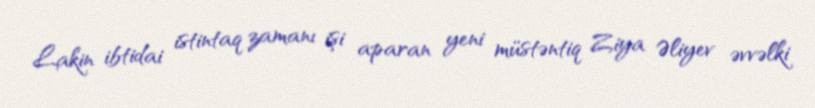
Lakin ibtidai istintaq zamanı işi aparan yeni müstəntiq Ziya Əliyev əvvəlki